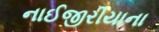
નાઈજીરીયાના